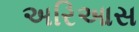
અરિઆસ